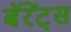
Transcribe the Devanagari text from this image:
बॅरेंट्‌स